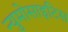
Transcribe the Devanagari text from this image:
न्युमोसाइटिस